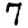
Digit: 7